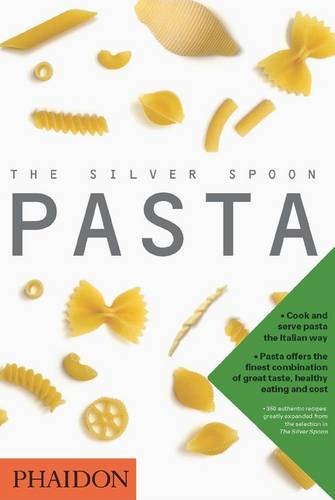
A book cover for The Silver Spoon Pasta; Editors of Phaidon Press; Cookbooks, Food & Wine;